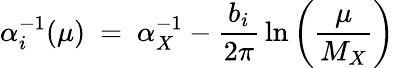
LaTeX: \alpha_{i}^{-1}(\mu)\ =\ \alpha_{X}^{-1}-{\frac{b_{i}}{2\pi}}\ln\left({\frac{\mu}{M_{X}}}\right)